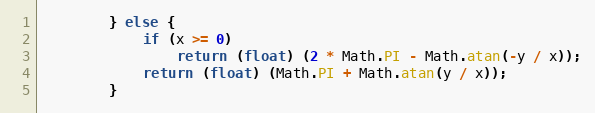
Language: Java
        } else {
            if (x >= 0)
                return (float) (2 * Math.PI - Math.atan(-y / x));
            return (float) (Math.PI + Math.atan(y / x));
        }